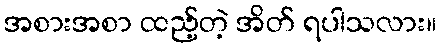
အစားအစာ ထည့်တဲ့ အိတ် ရပါသလား။